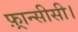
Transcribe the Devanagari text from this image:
फ़्रान्सीसी।